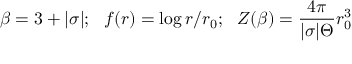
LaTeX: \beta = 3 + | \sigma | ; \, \, \, \, f ( r ) = \log r / r _ { 0 } ; \, \, \, \, Z ( \beta ) = \frac { 4 \pi } { | \sigma | { \Theta } } r _ { 0 } ^ { 3 }